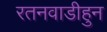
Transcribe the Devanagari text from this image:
रतनवाडीहुन